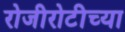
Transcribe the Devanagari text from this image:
रोजीरोटीच्या